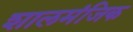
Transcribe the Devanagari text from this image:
शालमंजिक